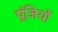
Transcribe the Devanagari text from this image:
पूंजियों